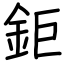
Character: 鉅